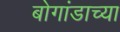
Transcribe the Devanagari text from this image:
बोगांडाच्या